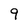
Character: 9